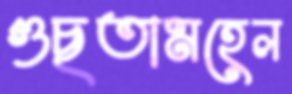
গুছতামহেল